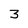
Character: 3